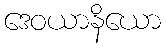
ဒေဝယာနိယော